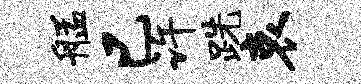
艋已许跣哀